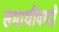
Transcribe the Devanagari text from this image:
समाधीवादी